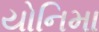
યોનિમા